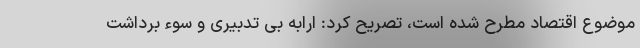
موضوع اقتصاد مطرح شده است، تصریح کرد: ارابه بی تدبیری و سوء برداشت